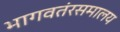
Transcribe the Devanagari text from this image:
भागवतंरसमालय